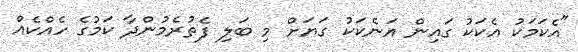
"އެކަމަކު އެކަކު ގައިން އަނެކަކު ގަޔަށް މި ބަލި ފެތުރެމުންދާ ކަމުގެ ހެއްކެއް